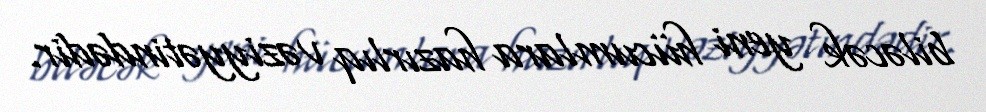
biləcək yeni hücumlara hazırlıq vəziyyətindədir.